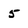
Character: 5